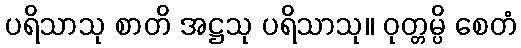
ပရိသာသု စာတိ အဋ္ဌသု ပရိသာသု။ ဝုတ္တမ္ပိ စေတံ